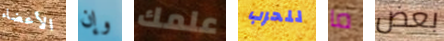
الأعضاء وإن علمك للحرب ما بعض